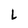
Character: L